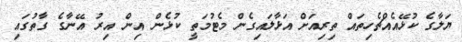
ޔަލާގެ ކުޅޭއެއްޗެހިތައް ތިރިއަށް އަޅާލައިގެން މެޓުމަތީ ކުޅެން އިން އިރު އޭނާގެ ގާތުގައި